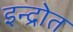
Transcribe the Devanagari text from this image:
इन्द्रोत